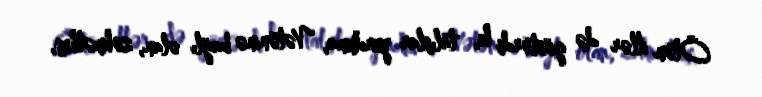
Ötən illər də göstərdi ki, talışlar yurduna, Vətəninə bağlı olan, zəhmətkeş,